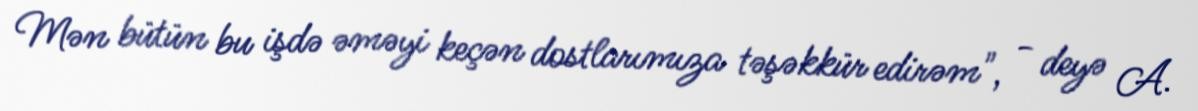
Mən bütün bu işdə əməyi keçən dostlarımıza təşəkkür edirəm", - deyə A.